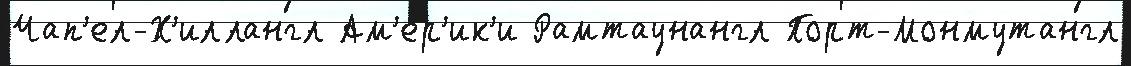
Чап'ел-Х'иллангл Ам'е́р'ик'и Рамтаунангл Порт-Монмутангл